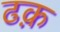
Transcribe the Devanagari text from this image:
ढक़